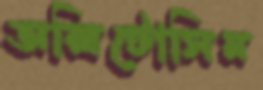
অক্সিটোসিন